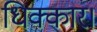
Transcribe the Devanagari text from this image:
धिक्कार।